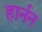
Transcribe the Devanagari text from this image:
हार्नन